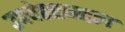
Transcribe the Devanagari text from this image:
उपदेशाबद्दल